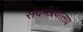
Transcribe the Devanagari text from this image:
संदर्भग्रंथालय